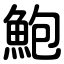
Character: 鮑